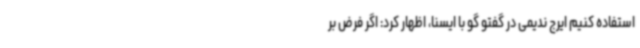
استفاده کنیم ایرج ندیمی در گفتو گو با ایسنا، اظهار کرد: اگر فرض بر